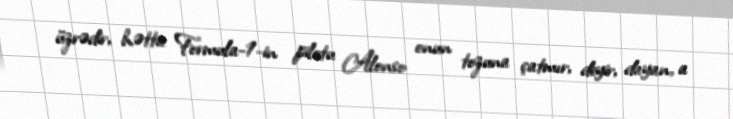
üzrədir, hətta Formula-1-in pilotu Alonso onun tozuna çatmır, deyir, dayan, a